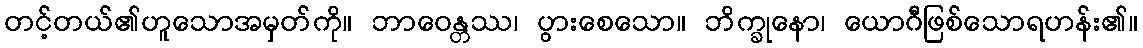
တင့်တယ်၏ဟူသောအမှတ်ကို။ ဘာဝေန္တဿ၊ ပွားစေသော။ ဘိက္ခုနော၊ ယောဂီဖြစ်သောရဟန်း၏။